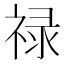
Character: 禄